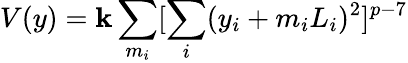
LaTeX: V(y)=\mathbf{k}\sum_{m_{i}}[\sum_{i}(y_{i}+m_{i}L_{i})^{2}]^{p-7}